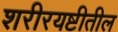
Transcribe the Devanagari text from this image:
शरीरयष्टीतील